Civil Veterinary Department. United Provinces 1912-22 - 1912-1922
Year: 1912
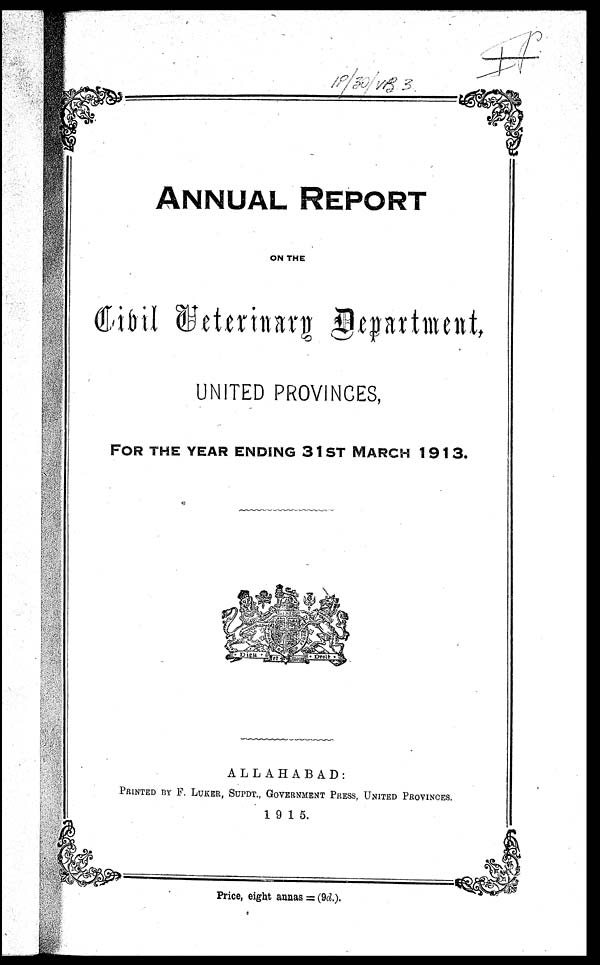
ANNUAL
REPORT
ON THE
Civil Veterinary Department,
UNITED PROVINCES,
FOR THE YEAR ENDING 31ST MARCH 1913.
ALLAHABAD:
PRINTED BY F. LUKER, SUPDT., GOVERNMENT PRESS, UNITED PROVINCES.
1915.
Price, eight annas = (9d.).